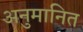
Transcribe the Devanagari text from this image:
अनुमानित